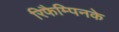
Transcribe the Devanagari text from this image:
रिफैम्पिनके